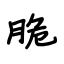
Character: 脆